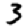
Digit: 3